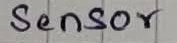
Text: Sensor